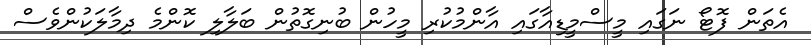
އެތަން ފޮޓޯ ނަގައި މީސްމީޑިއާގައި އާންމުކުރި މީހުން ބުނިގޮތުން ބަލާލި ކޮންމެ ދިމާލަކުންވެސް